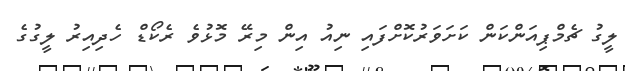
ލީގު ޗެމްޕިއަންކަން ކަށަވަރުކޮށްފައި ނިއު އިން މިރޭ މޮޅުވެ ރެކޯޑް ހެދިއިރު ލީގުގެ